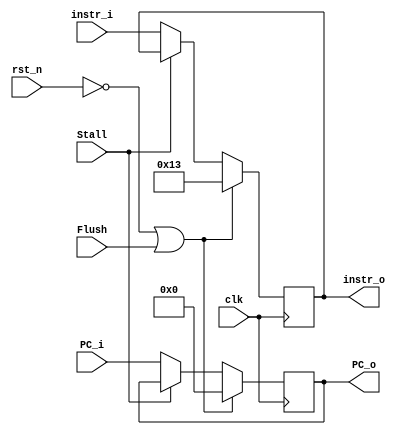
module IFID(
    clk,
    rst_n,
    Stall,
    Flush,
    instr_i,
    PC_i,
    instr_o,
    PC_o
);
    input             Stall, Flush, clk, rst_n;
    input      [31:0] PC_i;
    input      [31:0] instr_i;
    output reg [31:0] instr_o, PC_o;

    always @(posedge clk) begin
        if (!rst_n | Flush) begin
            instr_o <= {27'b0, 5'b10011};  // NOP instruction
            PC_o    <= 32'b0;
        end
        else if (Stall) begin
            instr_o <= instr_o;
            PC_o    <= PC_o;
        end
        else begin
            instr_o <= instr_i;
            PC_o    <= PC_i;
        end
    end
endmodule

module IDEX( 
    clk,                  // clk, PC (used for WriteBack of JAL and JALR)
    rst_n,
    Stall,
    Flush,
    PC_i,
    Jalr_i,
    Jal_i,
    Branch_i,
    ALUOp_i,              // EX  : ALUOp, ALUSrc
    ALUSrc_i,
    MemRead_i,            // MEM : MemRead, MemWrite
    MemWrite_i,
    RegWrite_i,           // WB  : MemtoReg, RegWrite
    MemtoReg_i,
    RS1data_i,            // data and addr for RS1, RS2 and RD
    RS2data_i,
    RS1addr_i,
    RS2addr_i,
    RDaddr_i,
    funct_i,              // input of ALU control : instr[30, 14:12]
    imm_i,
    PC_o,
    Jalr_o,
    Jal_o,
    Branch_o,
    ALUOp_o,
    ALUSrc_o,
    MemRead_o,
    MemWrite_o,
    RegWrite_o,
    MemtoReg_o,
    RS1data_o,
    RS2data_o,
    RS1addr_o,
    RS2addr_o,
    RDaddr_o,
    funct_o,
    imm_o
);
    input             clk, rst_n, Stall, Flush, Jalr_i, Jal_i, Branch_i, ALUSrc_i, RegWrite_i, MemtoReg_i, MemRead_i, MemWrite_i;
    input      [1:0]  ALUOp_i;
    input      [31:0] RS1data_i, RS2data_i, PC_i, imm_i;
    input      [3:0]  funct_i;
    input      [4:0]  RS1addr_i, RS2addr_i, RDaddr_i;
    output reg [1:0]  ALUOp_o;
    output reg        Jalr_o, Jal_o, Branch_o, ALUSrc_o, RegWrite_o, MemtoReg_o, MemRead_o, MemWrite_o;
    output reg [31:0] RS1data_o, RS2data_o, PC_o, imm_o;
    output reg [3:0]  funct_o;
    output reg [4:0]  RS1addr_o, RS2addr_o, RDaddr_o;

    always @(posedge clk) begin
        if (!rst_n | Flush) begin
            Jalr_o     <= 0;
            Jal_o      <= 0;
            Branch_o   <= 0;
            RegWrite_o <= 0;
            MemtoReg_o <= 0;
            MemRead_o  <= 0;
            MemWrite_o <= 0;
            ALUOp_o    <= 0;
            ALUSrc_o   <= 0;
            PC_o       <= 32'b0;
            RDaddr_o    <= 0;
        end 
        else if (Stall) begin
            Jalr_o     <= Jalr_o;
            Jal_o      <= Jal_o;
            Branch_o   <= Branch_o;
            RegWrite_o <= RegWrite_o;
            MemtoReg_o <= MemtoReg_o;
            MemRead_o  <= MemRead_o;
            MemWrite_o <= MemWrite_o;
            ALUOp_o    <= ALUOp_o;
            ALUSrc_o   <= ALUSrc_o;
            RS1data_o  <= RS1data_o;
            RS2data_o  <= RS2data_o;
            funct_o    <= funct_o;
            RS1addr_o  <= RS1addr_o;
            RS2addr_o  <= RS2addr_o;
            RDaddr_o   <= RDaddr_o;
            PC_o       <= PC_o;
            imm_o      <= imm_o;
        end
        else begin
            Jalr_o     <= Jalr_i;
            Jal_o      <= Jal_i;
            Branch_o   <= Branch_i;
            RegWrite_o <= RegWrite_i;
            MemtoReg_o <= MemtoReg_i;
            MemRead_o  <= MemRead_i;
            MemWrite_o <= MemWrite_i;
            ALUOp_o    <= ALUOp_i;
            ALUSrc_o   <= ALUSrc_i;
            RS1data_o  <= RS1data_i;
            RS2data_o  <= RS2data_i;
            funct_o    <= funct_i;
            RS1addr_o  <= RS1addr_i;
            RS2addr_o  <= RS2addr_i;
            RDaddr_o   <= RDaddr_i;
            PC_o       <= PC_i;
            imm_o      <= imm_i;
        end

    end
endmodule

module EXMEM(
    clk,
    rst_n,
    Stall,
    PC_i,
    Jalr_i,
    Jal_i,
    RegWrite_i,
    MemtoReg_i,
    MemRead_i,
    MemWrite_i,
    ALUResult_i,
    RS2data_i,
    RDaddr_i,
    PC_o,
    Jalr_o,
    Jal_o,
    RegWrite_o,
    MemtoReg_o,
    MemRead_o,
    MemWrite_o,
    ALUResult_o,
    RS2data_o,
    RDaddr_o,
);
    input             clk, rst_n, Stall, Jalr_i, Jal_i, RegWrite_i, MemtoReg_i, MemRead_i, MemWrite_i;
    input      [31:0] PC_i, ALUResult_i, RS2data_i;
    input      [4:0]  RDaddr_i;
    output reg        Jalr_o, Jal_o, RegWrite_o, MemtoReg_o, MemRead_o, MemWrite_o;
    output reg [31:0] PC_o, ALUResult_o, RS2data_o;
    output reg [4:0]  RDaddr_o;

    always @(posedge clk) begin
        if (!rst_n) begin
            Jalr_o      <= 0; 
            Jal_o       <= 0;
            RegWrite_o  <= 0;
            MemtoReg_o  <= 0;
            MemRead_o   <= 0;
            MemWrite_o  <= 0;
            RDaddr_o    <= 0;
        end
        else if (Stall) begin
            Jalr_o      <= Jalr_o; 
            Jal_o       <= Jal_o;
            RegWrite_o  <= RegWrite_o;
            MemtoReg_o  <= MemtoReg_o;
            MemRead_o   <= MemRead_o;
            MemWrite_o  <= MemWrite_o;
            ALUResult_o <= ALUResult_o;
            RS2data_o   <= RS2data_o;
            RDaddr_o    <= RDaddr_o;
            PC_o        <= PC_o;
        end
        else begin
            Jalr_o      <= Jalr_i; 
            Jal_o       <= Jal_i;
            RegWrite_o  <= RegWrite_i;
            MemtoReg_o  <= MemtoReg_i;
            MemRead_o   <= MemRead_i;
            MemWrite_o  <= MemWrite_i;
            ALUResult_o <= ALUResult_i;
            RS2data_o   <= RS2data_i;
            RDaddr_o    <= RDaddr_i;
            PC_o        <= PC_i;
        end
    end
endmodule

module MEMWB(
    clk,
    rst_n,
    Stall,
    PC_i,
    Jalr_i,
    Jal_i,
    RegWrite_i,
    MemtoReg_i,
    ALUResult_i,
    MemData_i,
    RDaddr_i,
    PC_o,
    Jalr_o,
    Jal_o,
    RegWrite_o,
    MemtoReg_o,
    ALUResult_o,
    MemData_o,
    RDaddr_o
);
    input             clk, rst_n, Stall, Jalr_i, Jal_i, RegWrite_i, MemtoReg_i;
    input      [31:0] PC_i, ALUResult_i, MemData_i;
    input      [4:0]  RDaddr_i;
    output reg        Jalr_o, Jal_o, RegWrite_o, MemtoReg_o;
    output reg [31:0] PC_o, ALUResult_o, MemData_o;
    output reg [4:0]  RDaddr_o;

    always @(posedge clk) begin
        if (!rst_n) begin
            Jalr_o      <= 0;
            Jal_o       <= 0;
            RegWrite_o  <= 0;
            MemtoReg_o  <= 0;
            RDaddr_o    <= 0;
        end
        else if (Stall) begin
            Jalr_o      <= Jalr_o;
            Jal_o       <= Jal_o;
            RegWrite_o  <= RegWrite_o;
            MemtoReg_o  <= MemtoReg_o;
            ALUResult_o <= ALUResult_o;
            MemData_o   <= MemData_o;
            RDaddr_o    <= RDaddr_o;
            PC_o        <= PC_o;
        end
        else begin
            Jalr_o      <= Jalr_i;
            Jal_o       <= Jal_i;
            RegWrite_o  <= RegWrite_i;
            MemtoReg_o  <= MemtoReg_i;
            ALUResult_o <= ALUResult_i;
            MemData_o   <= MemData_i;
            RDaddr_o    <= RDaddr_i;
            PC_o        <= PC_i;
        end
    end
endmodule